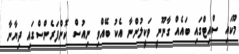
މޫކައި ސްއިޓްގައި ބައެއް ގާނޫނީ ވަކީލުންނާ އެކު ބޭއްވި ނިއުސް ކޮންފަރެންސްގައި ދިޔާނާ